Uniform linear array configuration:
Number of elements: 24
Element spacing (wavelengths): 0.5
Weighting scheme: exponential
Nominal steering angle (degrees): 30
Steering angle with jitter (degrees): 31.232
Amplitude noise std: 0.05
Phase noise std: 0.05

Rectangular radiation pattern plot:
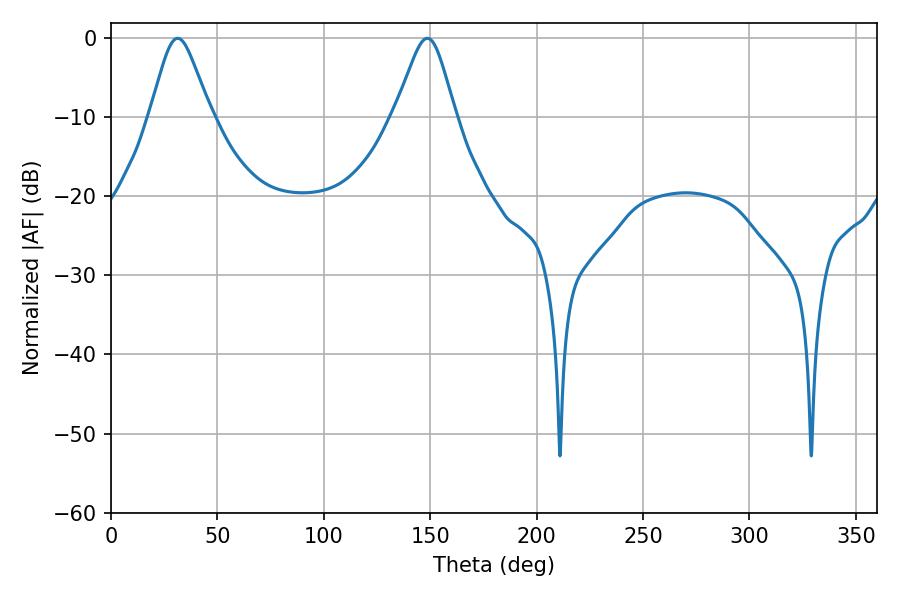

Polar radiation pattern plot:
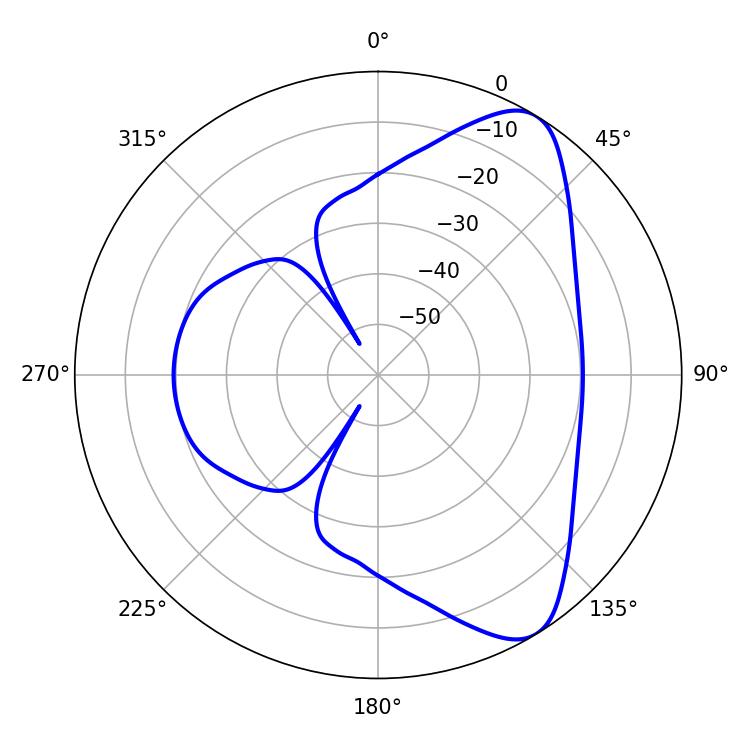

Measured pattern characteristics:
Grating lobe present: FALSE
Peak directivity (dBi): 8.036
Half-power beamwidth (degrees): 13.68
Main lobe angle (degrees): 31.32